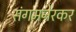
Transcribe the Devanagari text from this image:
संगमनेरकर